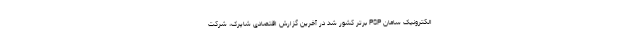
الکترونیک سامان PSP برتر کشور شد در آخرین گزارش اقتصادی شاپرک، شرکت‌